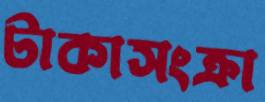
টাকাসংক্রা